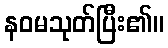
နဝမသုတ်ပြီး၏။